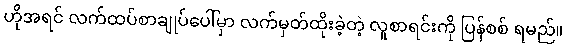
ဟိုအရင် လက်ထပ်စာချုပ်ပေါ်မှာ လက်မှတ်ထိုးခဲ့တဲ့ လူစာရင်းကို ပြန်စစ် ရမည်။